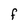
Character: F